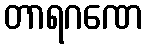
တာရဂဏေ